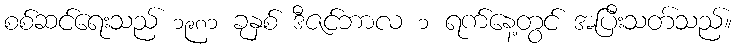
စစ်ဆင်ရေးသည် ၁၉၈၁ ခုနှစ် ဒီဇင်ဘာလ ၁ ရက်နေ့တွင် အပြီးသတ်သည်။